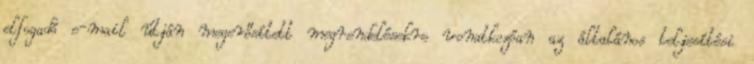
elfogadó e-mail útján megerősített megrendelésekre vonatkozóan az általános teljesítési